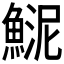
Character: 𩸦